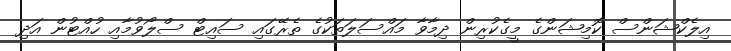
އިލެކްޝަންސް ކޮމިޝަންގެ މީގެކުރިން ދިމާވާ މައްސަލަތަކުގެ ތެރޭގައި ސައިޓް ސްލޯވުމާއި ހުއްޓުން އަދި